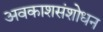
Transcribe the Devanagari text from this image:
अवकाशसंशोधन